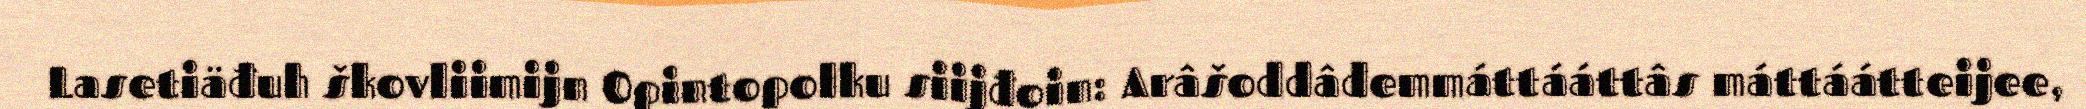
Lasetiäđuh škovliimijn Opintopolku siijđoin: Arâšoddâdemmáttááttâs máttáátteijee,